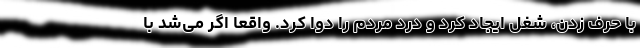
با حرف زدن، شغل ایجاد کرد و درد مردم را دوا کرد. واقعا اگر می‌شد با